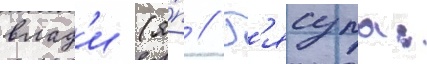
влад'и (я́п // Г'ясупа: